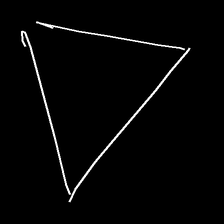
Glyph: convergence